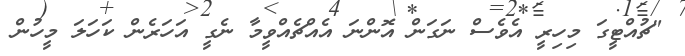
"ޗުއްޓީގަ މިހިރީ އެވެސް ނަގަން އޮންނަ އެއްޗެއްވީމާ ނެގީ އަހަރެން ކަހަލަ މީހުން